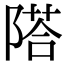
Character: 𨻇